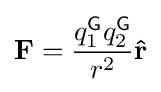
\mathbf {F} ={\frac {q_{1}^{\textsf {G}}q_{2}^{\textsf {G}}}{r^{2}}}\mathbf {\hat {r}}